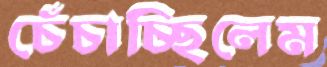
চেঁচাচ্ছিলেম